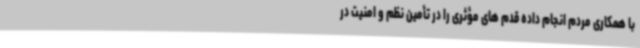
با همکاری مردم انجام داده قدم های مؤثری را در تأمین نظم و امنیت در